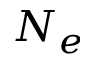
N _ { e }